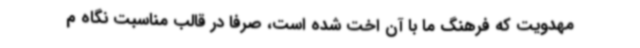
مهدویت که فرهنگ ما با آن اخت شده است،‌ صرفا در قالب مناسبت نگاه م